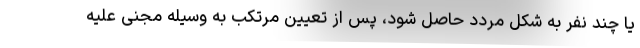
یا چند نفر به شکل مردد حاصل شود، پس از تعیین مرتکب به وسیله مجنی علیه